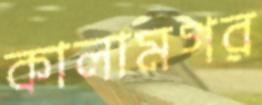
কালামগর